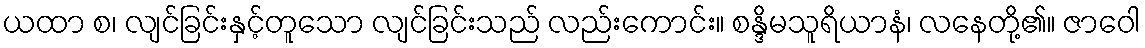
ယထာ စ၊ လျင်ခြင်းနှင့်တူသော လျင်ခြင်းသည် လည်းကောင်း။ စန္ဒိမသူရိယာနံ၊ လနေတို့၏။ ဇာဝေါ